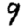
Digit: 9